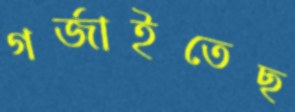
গর্জাইতেছ